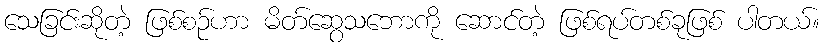
သေခြင်းဆိုတဲ့ ဖြစ်စဉ်ဟာ မိတ်ဆွေသဘောကို ဆောင်တဲ့ ဖြစ်ရပ်တစ်ခုဖြစ် ပါတယ်။